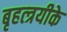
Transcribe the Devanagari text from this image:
बृहत्त्रयीके